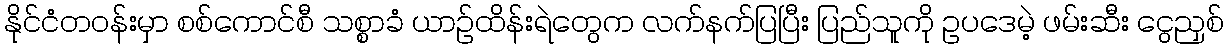
နိုင်ငံတဝန်းမှာ စစ်ကောင်စီ သစ္စာခံ ယာဉ်ထိန်းရဲတွေက လက်နက်ပြပြီး ပြည်သူကို ဥပဒေမဲ့ ဖမ်းဆီး ငွေညှစ်